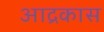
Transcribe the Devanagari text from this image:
आद्रकास